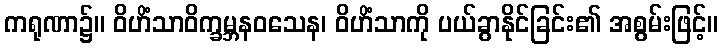
ကရုဏာ၌။ ဝိဟိံသာဝိက္ခမ္ဘနဝသေန၊ ဝိဟိံသာကို ပယ်ခွာနိုင်ခြင်း၏ အစွမ်းဖြင့်။